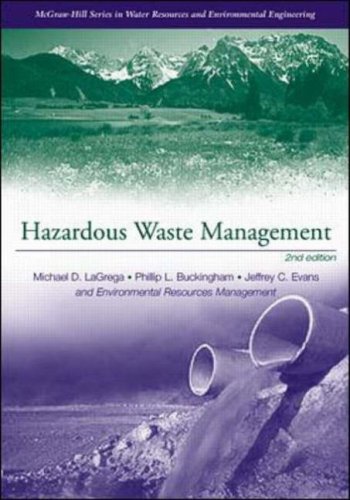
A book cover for Hazardous Waste Management; Michael LaGrega; Science & Math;